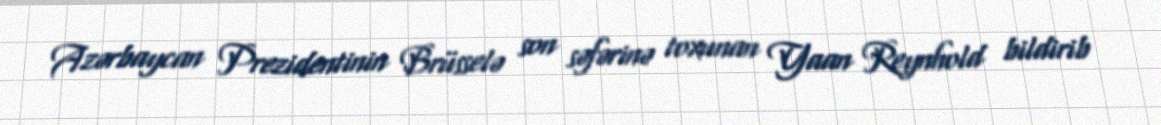
Azərbaycan Prezidentinin Brüsselə son səfərinə toxunan Yaan Reynhold bildirib